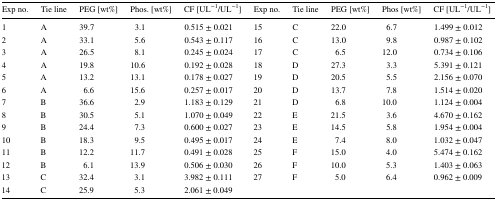
<table><thead><tr><td><b>Exp no.</b></td><td><b>Tie line</b></td><td><b>PEG [wt%]</b></td><td><b>Phos. [wt%]</b></td><td><b>CF [UL<sup>−1</sup>/UL<sup>−1</sup>]</b></td><td><b>Exp no.</b></td><td><b>Tie line</b></td><td><b>PEG [wt%]</b></td><td><b>Phos [wt%]</b></td><td><b>CF [UL<sup>−1</sup>/UL<sup>−1</sup>]</b></td></tr></thead><tbody><tr><td>1</td><td>A</td><td>39.7</td><td>3.1</td><td>0.515 ± 0.021</td><td>15</td><td>C</td><td>22.0</td><td>6.7</td><td>1.499 ± 0.012</td></tr><tr><td>2</td><td>A</td><td>33.1</td><td>5.6</td><td>0.543 ± 0.117</td><td>16</td><td>C</td><td>13.0</td><td>9.8</td><td>0.987 ± 0.102</td></tr><tr><td>3</td><td>A</td><td>26.5</td><td>8.1</td><td>0.245 ± 0.024</td><td>17</td><td>C</td><td>6.5</td><td>12.0</td><td>0.734 ± 0.106</td></tr><tr><td>4</td><td>A</td><td>19.8</td><td>10.6</td><td>0.192 ± 0.028</td><td>18</td><td>D</td><td>27.3</td><td>3.3</td><td>5.391 ± 0.121</td></tr><tr><td>5</td><td>A</td><td>13.2</td><td>13.1</td><td>0.178 ± 0.027</td><td>19</td><td>D</td><td>20.5</td><td>5.5</td><td>2.156 ± 0.070</td></tr><tr><td>6</td><td>A</td><td>6.6</td><td>15.6</td><td>0.257 ± 0.017</td><td>20</td><td>D</td><td>13.7</td><td>7.8</td><td>1.514 ± 0.020</td></tr><tr><td>7</td><td>B</td><td>36.6</td><td>2.9</td><td>1.183 ± 0.129</td><td>21</td><td>D</td><td>6.8</td><td>10.0</td><td>1.124 ± 0.004</td></tr><tr><td>8</td><td>B</td><td>30.5</td><td>5.1</td><td>1.070 ± 0.049</td><td>22</td><td>E</td><td>21.5</td><td>3.6</td><td>4.670 ± 0.162</td></tr><tr><td>9</td><td>B</td><td>24.4</td><td>7.3</td><td>0.600 ± 0.027</td><td>23</td><td>E</td><td>14.5</td><td>5.8</td><td>1.954 ± 0.004</td></tr><tr><td>10</td><td>B</td><td>18.3</td><td>9.5</td><td>0.495 ± 0.017</td><td>24</td><td>E</td><td>7.4</td><td>8.0</td><td>1.032 ± 0.047</td></tr><tr><td>11</td><td>B</td><td>12.2</td><td>11.7</td><td>0.491 ± 0.028</td><td>25</td><td>F</td><td>15.0</td><td>4.0</td><td>5.474 ± 0.162</td></tr><tr><td>12</td><td>B</td><td>6.1</td><td>13.9</td><td>0.506 ± 0.030</td><td>26</td><td>F</td><td>10.0</td><td>5.3</td><td>1.403 ± 0.063</td></tr><tr><td>13</td><td>C</td><td>32.4</td><td>3.1</td><td>3.982 ± 0.111</td><td>27</td><td>F</td><td>5.0</td><td>6.4</td><td>0.962 ± 0.009</td></tr><tr><td>14</td><td>C</td><td>25.9</td><td>5.3</td><td>2.061 ± 0.049</td><td></td><td></td><td></td><td></td><td></td></tr></tbody></table>